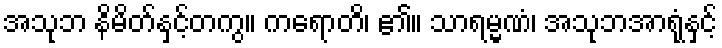
အသုဘ နိမိတ်နှင့်တကွ။ ကရောတိ၊ ၏။ သာရမ္မဏံ၊ အသုဘအာရုံနှင့်